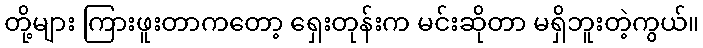
တို့များ ကြားဖူးတာကတော့ ရှေးတုန်းက မင်းဆိုတာ မရှိဘူးတဲ့ကွယ်။